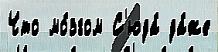
Что мо́згом С'юда́ да́же